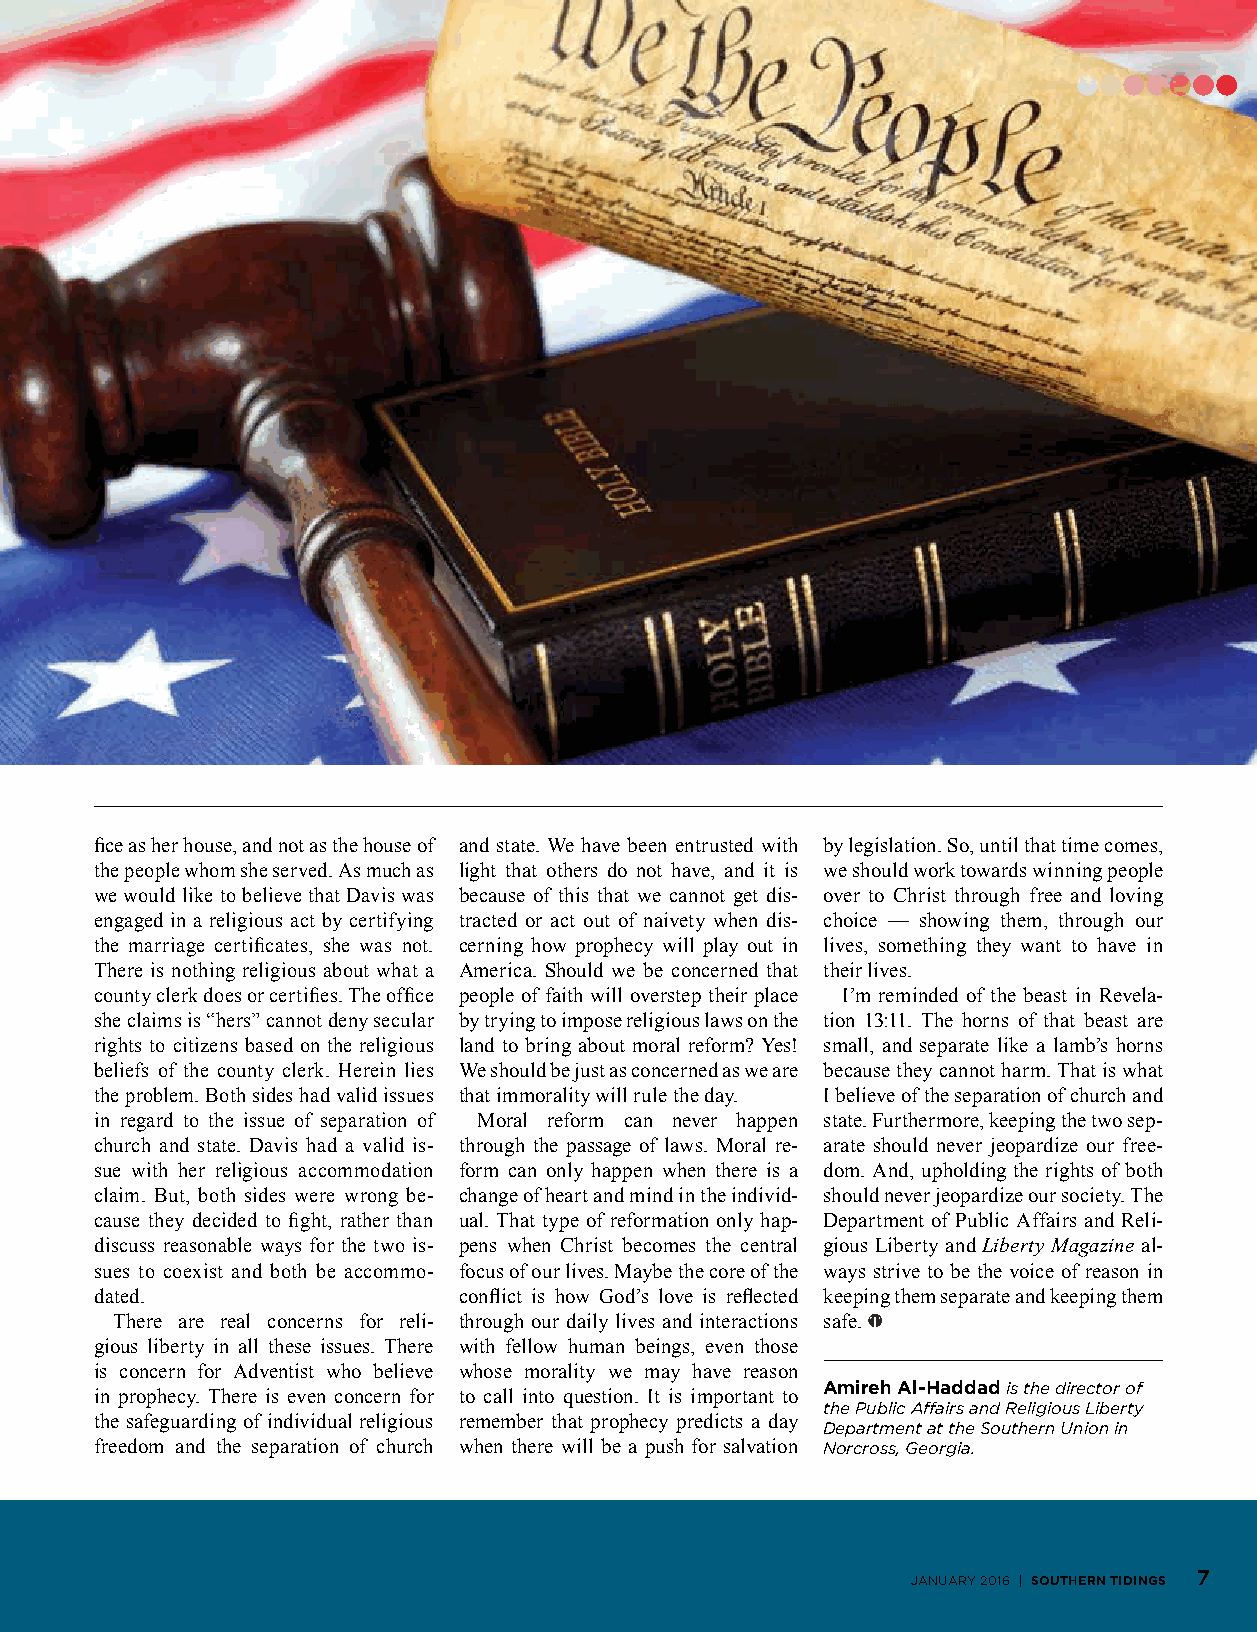
fice as her house, and not as the house of and state. We have been entrusted with by legislation. So, until that time comes,
 the people whom she served. As much as light that others do not have, and it is we should work towards winning people
 we would like to believe that Davis was because of this that we cannot get dis- over to Christ through free and loving
 engaged in a religious act by certifying tracted or act out of naivety when dis- choice — showing them, through our
 the marriage certificates, she was not. cerning how prophecy will play out in lives, something they want to have in
 There is nothing religious about what a America. Should we be concerned that their lives.
 county clerk does or certifies. The office people of faith will overstep their place I’m reminded of the beast in Revela-
 she claims is “hers” cannot deny secular by trying to impose religious laws on the tion 13:11. The horns of that beast are
 rights to citizens based on the religious land to bring about moral reform? Yes! small, and separate like a lamb’s horns
 beliefs of the county clerk. Herein lies We should be just as concerned as we are because they cannot harm. That is what
 the problem. Both sides had valid issues that immorality will rule the day. I believe of the separation of church and
 in regard to the issue of separation of Moral reform can never happen state. Furthermore, keeping the two sep-
 church and state. Davis had a valid is- through the passage of laws. Moral re- arate should never jeopardize our free-
 sue with her religious accommodation form can only happen when there is a dom. And, upholding the rights of both
 claim. But, both sides were wrong be- change of heart and mind in the individ- should never jeopardize our society. The
 cause they decided to fight, rather than ual. That type of reformation only hap- Department of Public Affairs and Reli-
 discuss reasonable ways for the two is- pens when Christ becomes the central gious Liberty and Liberty Magazine al-
 sues to coexist and both be accommo- focus of our lives. Maybe the core of the ways strive to be the voice of reason in
 dated.                  conflict is how God’s love is reflected keeping them separate and keeping them
 There are real concerns for reli- through our daily lives and interactions safe.
 gious liberty in all these issues. There with fellow human beings, even those
 is concern for Adventist who believe whose morality we may have reason
 Amireh Al-Haddad is the director of
 in prophecy. There is even concern for to call into question. It is important to
 the Public Affairs and Religious Liberty
 the safeguarding of individual religious remember that prophecy predicts a day
 Department at the Southern Union in
 freedom and the separation of church when there will be a push for salvation Norcross, Georgia.
 January 2016 | SOUTHERN TIDINGS 7